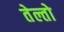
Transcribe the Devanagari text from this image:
तेल्तो